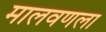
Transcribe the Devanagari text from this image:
मालवणला